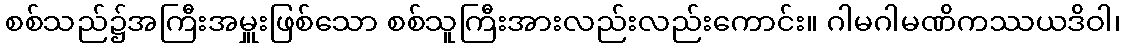
စစ်သည်၌အကြီးအမှူးဖြစ်သော စစ်သူကြီးအားလည်းလည်းကောင်း။ ဂါမဂါမဏိကဿယဒိဝါ၊